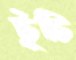
চুঁচি